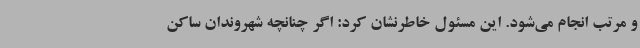
و مرتب انجام می‌شود. این مسئول خاطرنشان کرد: اگر چنانچه شهروندان ساکن